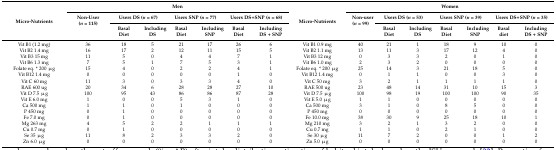
<table><thead><tr><td rowspan="3"><b>Micro-Nutrients</b></td><td colspan="7"><b>Men</b></td><td rowspan="3"><b>Micro-Nutrients</b></td><td colspan="7"><b>Women</b></td></tr><tr><td rowspan="2"><b>Non-User (<i>n</i> = 115)</b></td><td colspan="2"><b>Users DS (<i>n</i> = 67)</b></td><td colspan="2"><b>Users SNP (<i>n</i> = 77)</b></td><td colspan="2"><b>Users DS+SNP (<i>n</i> = 68)</b></td><td rowspan="2"><b>Non-user (<i>n</i> = 99)</b></td><td colspan="2"><b>Users DS (<i>n</i> = 53)</b></td><td colspan="2"><b>Users SNP (<i>n</i> = 39)</b></td><td colspan="2"><b>Users DS+SNP (<i>n</i> = 35)</b></td></tr><tr><td><b>Basal Diet</b></td><td><b>Including DS</b></td><td><b>Basal Diet</b></td><td><b>Including SNP</b></td><td><b>Basal Diet</b></td><td><b>Including DS + SNP</b></td><td><b>Basal Diet</b></td><td><b>Including DS</b></td><td><b>Basal Diet</b></td><td><b>Including SNP</b></td><td><b>Basal diet</b></td><td><b>Including DS + SNP</b></td></tr></thead><tbody><tr><td>Vit B1 (1.2 mg)</td><td>36</td><td>18</td><td>5</td><td>21</td><td>17</td><td>26</td><td>6</td><td>Vit B1 0.9 mg</td><td>40</td><td>21</td><td>1</td><td>18</td><td>9</td><td>10</td><td>0</td></tr><tr><td>Vit B2 1.4 mg</td><td>16</td><td>17</td><td>2</td><td>12</td><td>11</td><td>15</td><td>5</td><td>Vit B2 1.1 mg</td><td>13</td><td>11</td><td>3</td><td>17</td><td>12</td><td>4</td><td>0</td></tr><tr><td>Vit B3 15 mg</td><td>11</td><td>5</td><td>0</td><td>4</td><td>4</td><td>7</td><td>1</td><td>Vit B3 12 mg</td><td>0</td><td>3</td><td>3</td><td>2</td><td>0</td><td>1</td><td>0</td></tr><tr><td>Vit B6 1.3 mg</td><td>7</td><td>5</td><td>1</td><td>7</td><td>5</td><td>3</td><td>1</td><td>Vit B6 1.0 mg</td><td>2</td><td>3</td><td>2</td><td>0</td><td>0</td><td>0</td><td>0</td></tr><tr><td>Folate eq. * 200 μg</td><td>15</td><td>4</td><td>0</td><td>2</td><td>2</td><td>4</td><td>1</td><td>Folate eq. * 200 μg</td><td>25</td><td>14</td><td>3</td><td>21</td><td>18</td><td>5</td><td>0</td></tr><tr><td>Vit B12 1.4 mg</td><td>0</td><td>0</td><td>0</td><td>0</td><td>0</td><td>1</td><td>0</td><td>Vit B12 1.4 mg</td><td>0</td><td>1</td><td>1</td><td>0</td><td>0</td><td>3</td><td>0</td></tr><tr><td>Vit C 60 mg</td><td>11</td><td>3</td><td>0</td><td>3</td><td>3</td><td>4</td><td>0</td><td>Vit C 50 mg</td><td>3</td><td>2</td><td>1</td><td>1</td><td>1</td><td>1</td><td>0</td></tr><tr><td>RAE 600 ug</td><td>20</td><td>34</td><td>6</td><td>28</td><td>28</td><td>27</td><td>10</td><td>RAE 500 ug</td><td>23</td><td>48</td><td>14</td><td>31</td><td>10</td><td>15</td><td>3</td></tr><tr><td>Vit D 7.5 μg</td><td>100</td><td>95</td><td>43</td><td>86</td><td>86</td><td>87</td><td>28</td><td>Vit D 7.5 μg</td><td>100</td><td>98</td><td>19</td><td>100</td><td>100</td><td>90</td><td>35</td></tr><tr><td>Vit E 6.0 mg</td><td>1</td><td>0</td><td>0</td><td>5</td><td>3</td><td>1</td><td>0</td><td>Vit E 5.0 μg</td><td>1</td><td>1</td><td>0</td><td>0</td><td>0</td><td>0</td><td>0</td></tr><tr><td>Ca 500 mg</td><td>1</td><td>1</td><td>0</td><td>1</td><td>0</td><td>0</td><td>0</td><td>Ca 500 mg</td><td>3</td><td>1</td><td>0</td><td>8</td><td>5</td><td>0</td><td>0</td></tr><tr><td>P 450 mg</td><td>0</td><td>1</td><td>0</td><td>0</td><td>0</td><td>0</td><td>0</td><td>P 450 mg</td><td>0</td><td>0</td><td>0</td><td>0</td><td>0</td><td>0</td><td>0</td></tr><tr><td>Fe 7.0 mg</td><td>0</td><td>1</td><td>0</td><td>0</td><td>0</td><td>0</td><td>0</td><td>Fe 10.0 mg</td><td>38</td><td>30</td><td>9</td><td>25</td><td>18</td><td>10</td><td>1</td></tr><tr><td>Mg 263 mg</td><td>4</td><td>5</td><td>2</td><td>2</td><td>1</td><td>1</td><td>1</td><td>Mg 210 mg</td><td>3</td><td>2</td><td>1</td><td>3</td><td>2</td><td>0</td><td>0</td></tr><tr><td>Cu 0.7 mg</td><td>0</td><td>1</td><td>0</td><td>0</td><td>0</td><td>0</td><td>0</td><td>Cu 0.7 mg</td><td>1</td><td>1</td><td>0</td><td>2</td><td>1</td><td>0</td><td>0</td></tr><tr><td>Se 35 μg</td><td>11</td><td>8</td><td>2</td><td>3</td><td>3</td><td>2</td><td>0</td><td>Se 30 μg</td><td>11</td><td>7</td><td>2</td><td>0</td><td>0</td><td>1</td><td>2</td></tr><tr><td>Zn 6.0 μg</td><td>0</td><td>0</td><td>0</td><td>0</td><td>0</td><td>0</td><td>0</td><td>Zn 5.0 μg</td><td>0</td><td>0</td><td>0</td><td>0</td><td>0</td><td>0</td><td>0</td></tr></tbody></table>